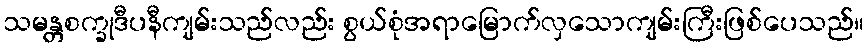
သမန္တစက္ခုဒီပနီကျမ်းသည်လည်း စွယ်စုံအရာမြောက်လှသောကျမ်းကြီးဖြစ်ပေသည်။